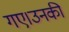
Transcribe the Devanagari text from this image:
गए।उनकी